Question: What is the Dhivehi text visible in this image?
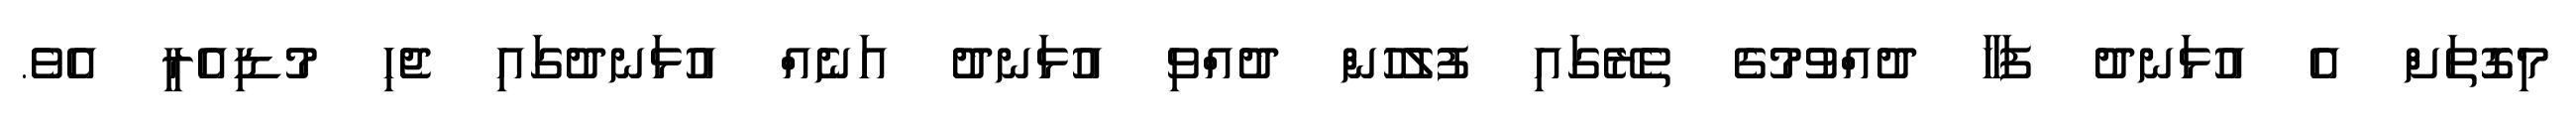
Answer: މިގޮތަށް އެ އުޅަނދު ފަހާ ދުއްވުމުގެ ތެރޭގައި ފުލުހުން ދުއްވި އުޅަނދު އަނެއް އުޅަނދުގައި ޖެހި މުޑިއެރީ އެވެ.